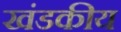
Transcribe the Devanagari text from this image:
खंडकीय